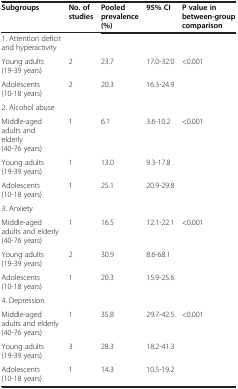
<table><thead><tr><td><b>Subgroups</b></td><td><b>No. of studies</b></td><td><b>Pooled prevalence (%)</b></td><td><b>95% CI</b></td><td><b>P value in between-group comparison</b></td></tr></thead><tbody><tr><td>1. Attention deficit and hyperactivity</td><td> </td><td> </td><td> </td><td> </td></tr><tr><td>Young adults (19-39 years)</td><td>2</td><td>23.7</td><td>17.0-32.0</td><td>&lt;0.001</td></tr><tr><td>Adolescents (10-18 years)</td><td>2</td><td>20.3</td><td>16.3-24.9</td><td> </td></tr><tr><td colspan="5">2. Alcohol abuse</td></tr><tr><td>Middle-aged adults and elderly (40-76 years)</td><td>1</td><td>6.1</td><td>3.6-10.2</td><td>&lt;0.001</td></tr><tr><td>Young adults (19-39 years)</td><td>1</td><td>13.0</td><td>9.3-17.8</td><td> </td></tr><tr><td>Adolescents (10-18 years)</td><td>1</td><td>25.1</td><td>20.9-29.8</td><td> </td></tr><tr><td colspan="5">3. Anxiety</td></tr><tr><td>Middle-aged adults and elderly (40-76 years)</td><td>1</td><td>16.5</td><td>12.1-22.1</td><td>&lt;0.001</td></tr><tr><td>Young adults (19-39 years)</td><td>2</td><td>30.9</td><td>8.6-68.1</td><td> </td></tr><tr><td>Adolescents (10-18 years)</td><td>1</td><td>20.3</td><td>15.9-25.6</td><td> </td></tr><tr><td colspan="5">4. Depression</td></tr><tr><td>Middle-aged adults and elderly (40-76 years)</td><td>1</td><td>35.8</td><td>29.7-42.5</td><td>&lt;0.001</td></tr><tr><td>Young adults (19-39 years)</td><td>3</td><td>28.3</td><td>18.2-41.3</td><td> </td></tr><tr><td>Adolescents (10-18 years)</td><td>1</td><td>14.3</td><td>10.5-19.2</td><td> </td></tr></tbody></table>